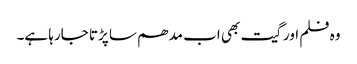
وہ فلم اور گیت بھی اب مدھم سا پڑتا جارہا ہے۔